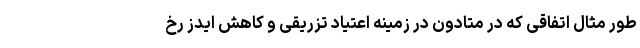
طور مثال اتفاقی که در متادون در زمینه اعتیاد تزریقی و کاهش ایدز رخ